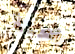
صحبة